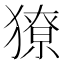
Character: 獠